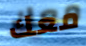
معك